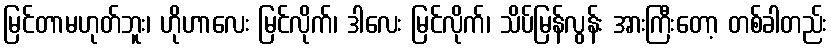
မြင်တာမဟုတ်ဘူး၊ ဟိုဟာလေး မြင်လိုက်၊ ဒါလေး မြင်လိုက်၊ သိပ်မြန်လွန်း အားကြီးတော့ တစ်ခါတည်း